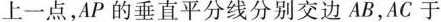
上一点，AP的垂直平分线分别交边AB，AC于